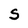
Character: s